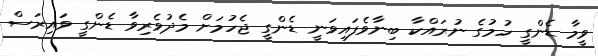
ވީމާ ޑެންގީ ހުމުގެ ނުރައްކާ ބިނާވެފައިވަނީ ޑެންގީ ޖެހުމަށް މެދުވެރިވާ ޑެންގީ ވައިރަސް